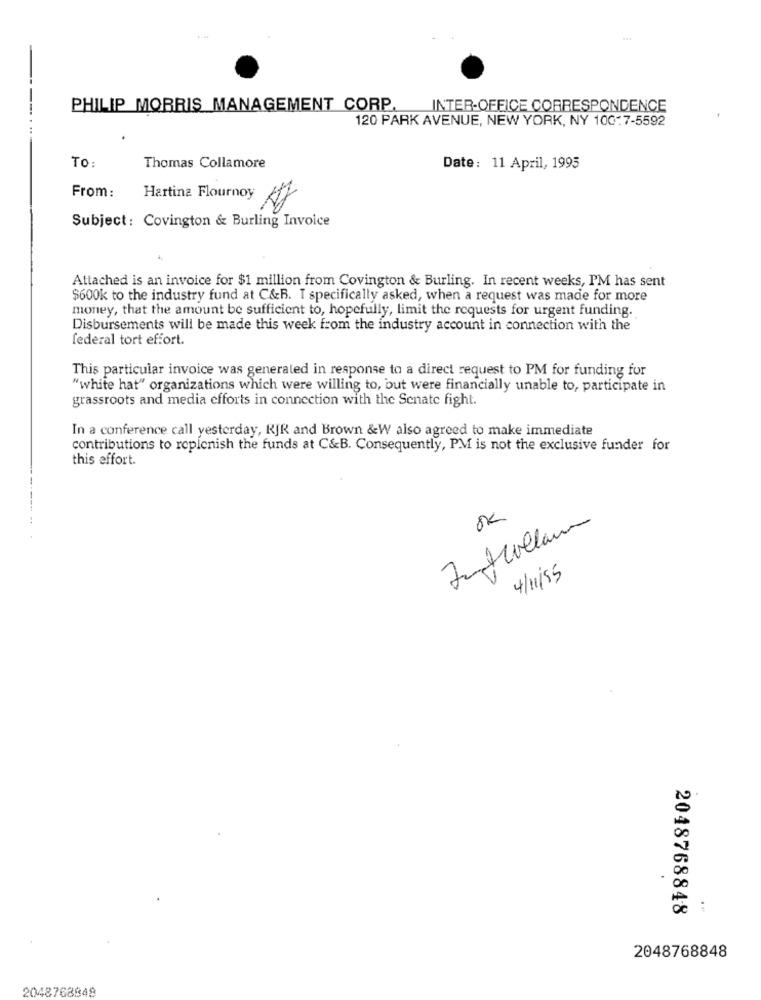
PHILIP MORRIS MANAGEMENT CORP.
INTER-OFFICE CORRESPONDENCE
120 PARK AVENUE, NEW YORK, NY 100-7-5592
TO:
Thomas Collamore
Date: 11 April, 1995
From:
Hartina Flournoy
Subject: Covington & Burling Invoice
Attached is an invoice for $1 million from Covington & Burling. In recent weeks, PM has sent
$600k to the industry fund at C&B. I specifically asked, when a request was made for more
money, that the amount be sufficient to, hopefully, limit the requests for urgent funding.
Disbursements will be made this week from the industry account in connection with the
federal tort effort.
This particular invoice was generated in response to a direct request to PM for funding for
"white hat" organizations which were willing to, but were financially unable to, participate in
grassroots and media efforts in connection with the Senate fight.
In a conference call yesterday, RJR and Brown &W also agreed to make immediate
contributions to replenish the funds at C&B. Consequently, PM is not the exclusive funder for
this effort.
OK
4/11/85
.
2048768848
:
2048768848
2048768848